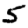
Digit: 5